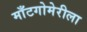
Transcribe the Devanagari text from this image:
माँटगोमेरीला